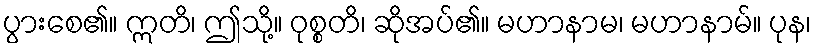
ပွားစေ၏။ ဣတိ၊ ဤသို့။ ဝုစ္စတိ၊ ဆိုအပ်၏။ မဟာနာမ၊ မဟာနာမ်။ ပုန၊